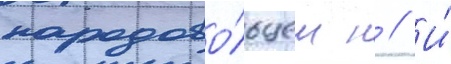
народово́льцем н // И́